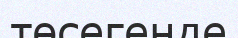
төсегенде